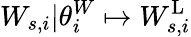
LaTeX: W_{s,i}|\theta_{i}^{W}\mapsto W_{s,i}^{\mathrm{L}}